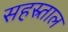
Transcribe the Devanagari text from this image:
सहस्र्ताल